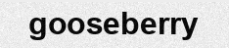
gooseberry